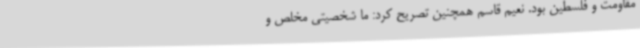
مقاومت و فلسطین بود. نعیم قاسم همچنین تصریح کرد: ما شخصیتی مخلص و